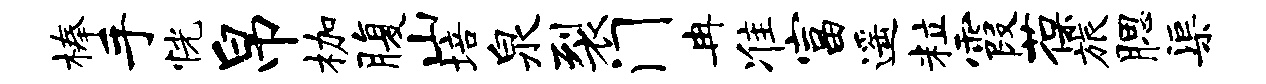
榛手恍帛枷腹山培泉裂门冉准富遥粒霞葆旅腮渠